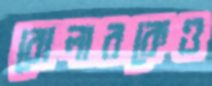
বোলারকেও